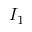
I _ { 1 }